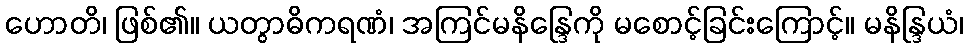
ဟောတိ၊ ဖြစ်၏။ ယတွာဓိကရဏံ၊ အကြင်မနိန္ဒြေကို မစောင့်ခြင်းကြောင့်။ မနိန္ဒြယံ၊